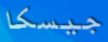
جيسكا